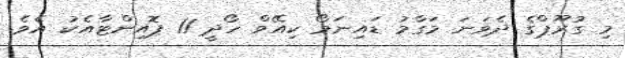
މި ގުރޫޕްގެ ދެވަނަ މަގާމު ޑައިނަމޯ ކިއޭވް ހޯދީ 11 ޕޮއިންޓާއެކު އެެވެ.